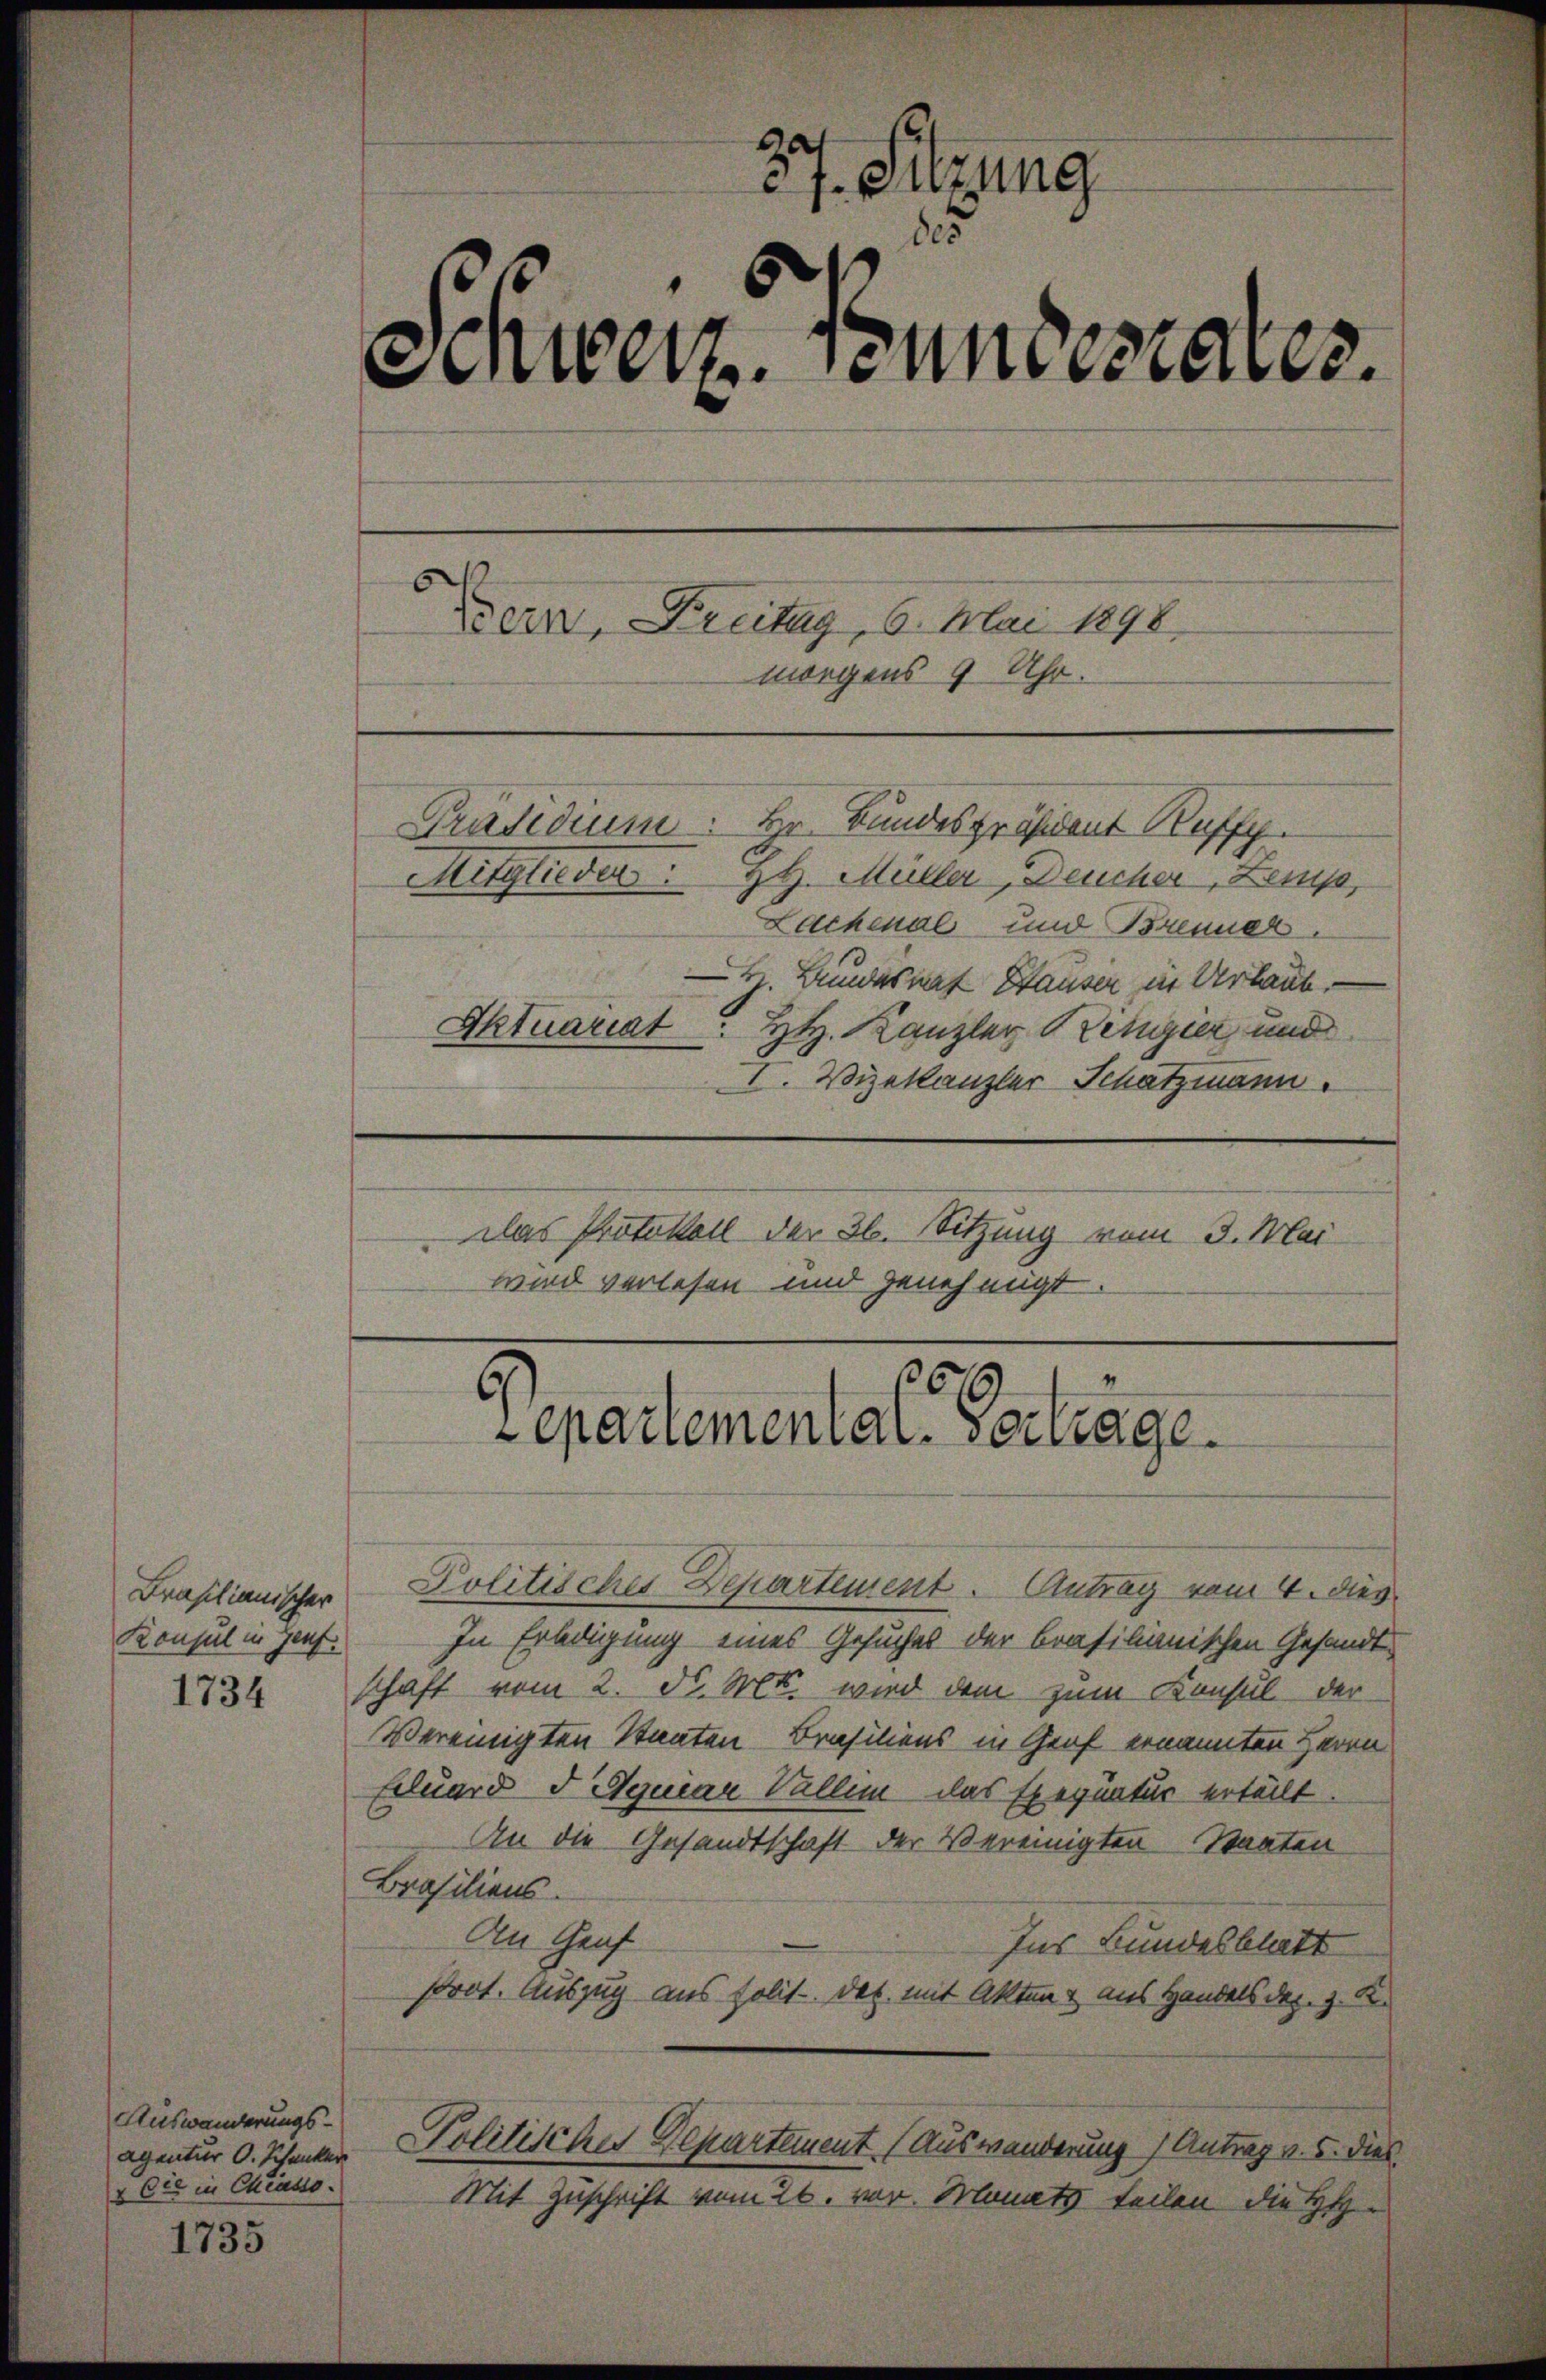
Prasilianischer
Konsul in Genf.

Auswanderungs¬
Agentur O. Schenker
& Cie in Chiasso.

1735

27. Sitzung
85
Einterz. Taumesares.
Bern, Freitag, 6. Mai 1898.
morgens 9 Uhr.
Präsidium. Hr. Bundespräsident Ruff
Mitglieder HH. Müller, Deucher, Lenp
Lachenal und Brenner.
H. Bundesrat Stauser in Urlaub.
Aktuariat
HH. Kanzler Religier und
I. Vizekanzler Schatzmann.
las Protokoll der 3. Sitzung vom 3. Mai
wird verlesen und genehmigt

4
6
Separtemental zutrage.

Politisches Departement. Antrag vom 4. dies
In Erledigung eines Gesuches der Brasilianischen Gesandte
1734 schaft vom 2. d. Mts. wird dem zum Konsul der
Vereinigten Staaten Brasiliens in Graf ernannten Herrn
Eduard I Aquiae Vallem das Exequatur erteilt
An die Gesandtschaft der Vereinigten Staaten
Brasiliens.
An Graf
Ins Bundesblatt
Prot. Auszug aus solit. Das mit Akten & aus Handels dez. z. K.
Politisches Departement (Auswanderung / Antrag v. 5. dies
Mit Zuschrift vom 26. vor. Monats teilen die HH